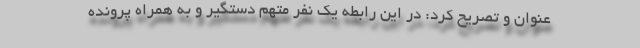
عنوان و تصریح کرد: در این رابطه یک نفر متهم دستگیر و به همراه پرونده